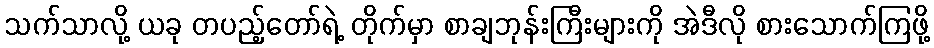
သက်သာလို့ ယခု တပည့်တော်ရဲ့ တိုက်မှာ စာချဘုန်းကြီးများကို အဲဒီလို စားသောက်ကြဖို့